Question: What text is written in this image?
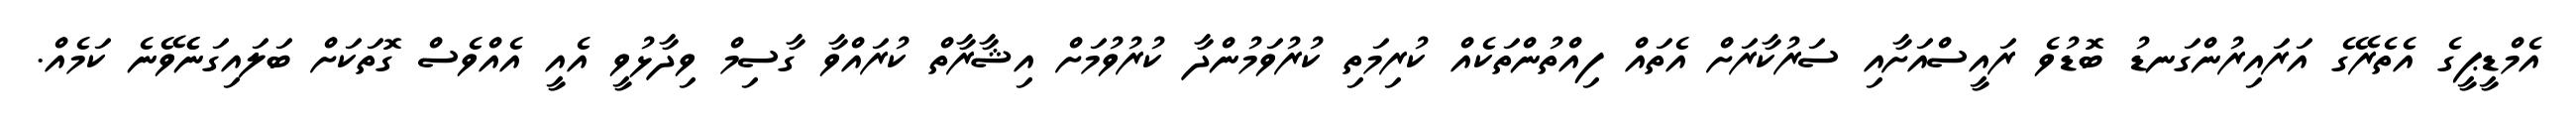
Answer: އެމްޑީޕީގެ އެތެރޭގެ އަރައިރުންގަނޑު ބޮޑުވެ ރައީސްއަށާއި ސަރުކާރަށް އެތައް ފިއްތުންތަކެއް ކުރިމަތި ކުރުވަމުންދާ ކުރުވުމަށް އިޝާރާތް ކުރައްވާ ގާސިމް ވިދާޅުވީ އެއީ އެއްވެސް ގޮތަކަށް ބަލައިގަނެެވޭނެ ކަމެއް.